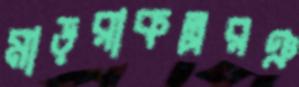
মাড়রাকল্পরঞ